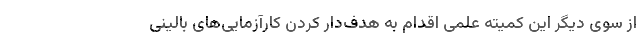
از سوی دیگر این کمیته علمی اقدام به هدف‌دار کردن کارآزمایی‌های بالینی